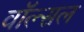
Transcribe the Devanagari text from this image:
वॉल्सल